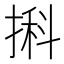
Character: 𢱃